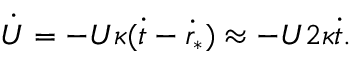
\dot { U } = - U \kappa ( \dot { t } - \dot { r } _ { * } ) \approx - U 2 \kappa \dot { t } .